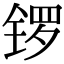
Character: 锣